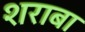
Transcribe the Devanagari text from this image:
शराबा